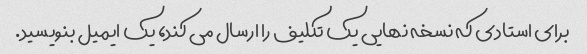
برای استادی که نسخه نهایی یک تکلیف را ارسال می کند، یک ایمیل بنویسید.